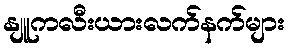
နျူကလီးယားလက်နက်များ